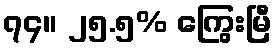
၇၄။ ၂၅.၅% ကြွေးမြီ